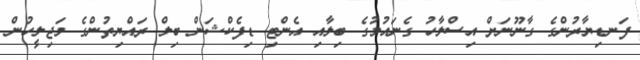
ފަނޑިޔާރުންގެ ގާނޫނަށް އިސްލާހު ގެނައުމުގެ ބިލާއި އެންޓި ޑިފެކްޝަން ބިލް ރައްޔިތުންގެ މަޖިލީހުން